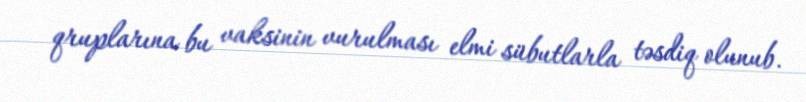
qruplarına bu vaksinin vurulması elmi sübutlarla təsdiq olunub.